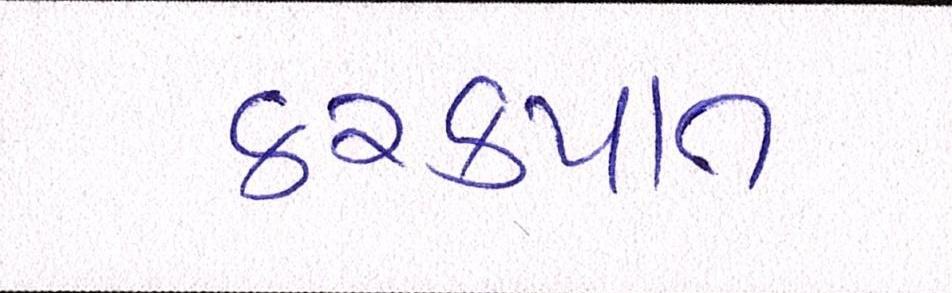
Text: કરકપાત